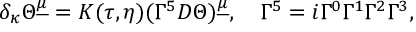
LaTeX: \delta _ { \kappa } \Theta ^ { \underline { { \mu } } } = K ( \tau , \eta ) ( \Gamma ^ { 5 } D \Theta ) ^ { \underline { { \mu } } } , \quad \Gamma ^ { 5 } = i \Gamma ^ { 0 } \Gamma ^ { 1 } \Gamma ^ { 2 } \Gamma ^ { 3 } ,